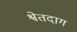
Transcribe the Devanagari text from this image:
श्वेतदाग